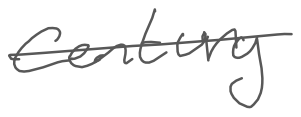
Text: century
Cross-out: mix
Writing tool: digital_gray